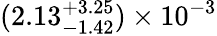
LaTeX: (2.13_{-1.42}^{+3.25})\times 10^{-3}